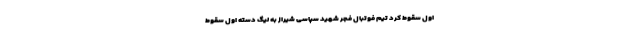
اول سقوط کرد تیم‌ فوتبال فجر شهید سپاسی شیراز به لیگ دسته اول سقوط